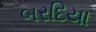
બરદિયા